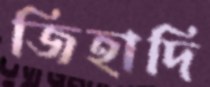
জিহাদি